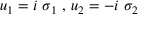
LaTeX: u _ { 1 } = i \ \sigma _ { 1 } ~ , \, u _ { 2 } = - i \ \sigma _ { 2 }